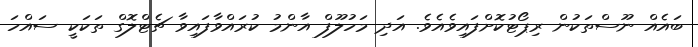
ބައެއް ނޫސްތަކުން ރިޕޯޓުކޮށްފައިވެއެވެ. އަދި މަހުލޫފް އާންމު ކުރައްވާފައިވާ ޗެޓްލޮގް ތަކަކީ ސައްހަ